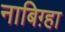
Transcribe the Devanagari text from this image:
नाबिग़्हा